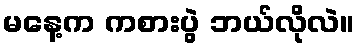
မနေ့က ကစားပွဲ ဘယ်လိုလဲ။